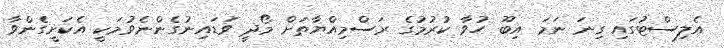
އެލިސްޓުގައި ގިނަ ނަމަ އިބޫ ހުވާ ކުރުމުގެ ރަސްމިއްޔާތަށް މޯދީ ވަޑައިނުގެންނެވުމަކީ އެކަށީގެންވާ